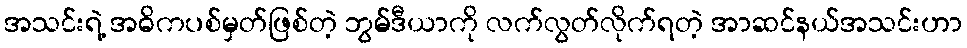
အသင်းရဲ့ အဓိကပစ်မှတ်ဖြစ်တဲ့ ဘွမ်ဒီယာကို လက်လွတ်လိုက်ရတဲ့ အာဆင်နယ်အသင်းဟာ